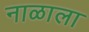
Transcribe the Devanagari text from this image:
नाळाला